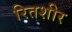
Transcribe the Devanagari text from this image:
रितशीर